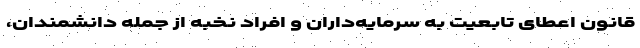
قانون اعطای تابعیت به سرمایه‌داران و افراد نخبه از جمله دانشمندان،